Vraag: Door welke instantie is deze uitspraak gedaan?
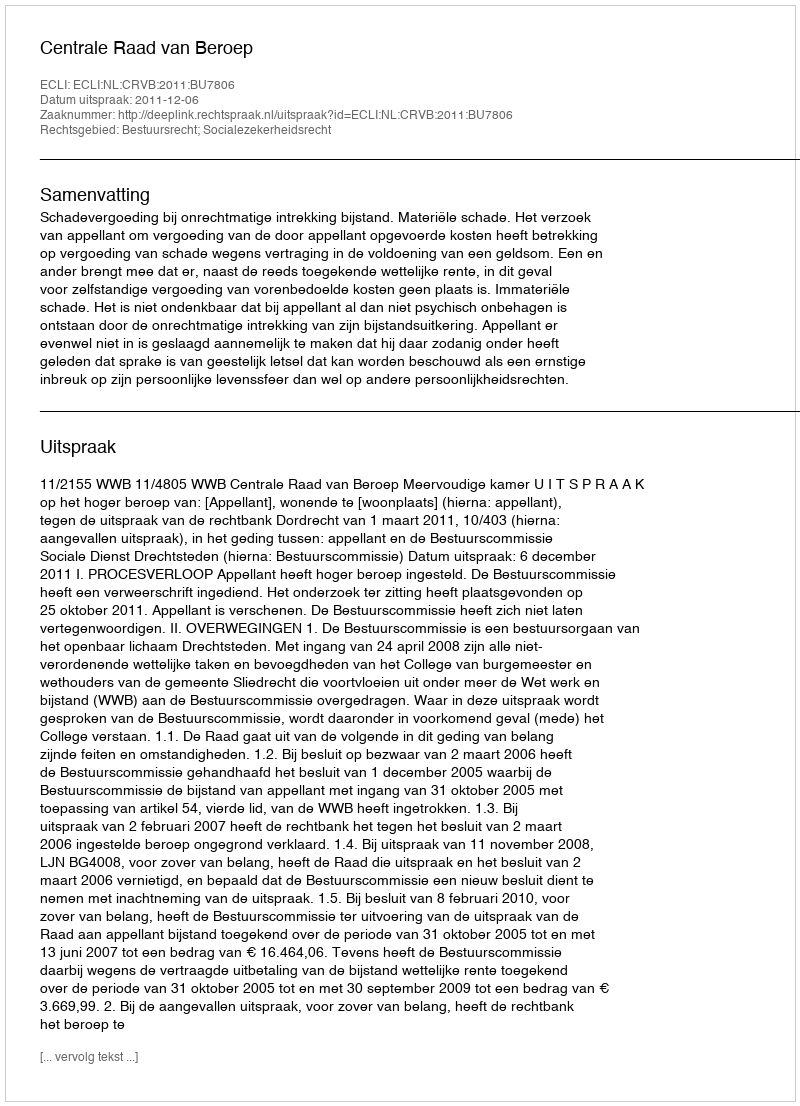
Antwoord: Centrale Raad van Beroep